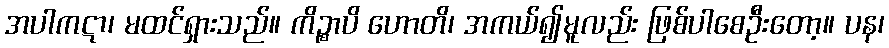
အပါကဋာ၊ မထင်ရှားသည်။ ကိဉ္စာပိ ဟောတိ၊ အကယ်၍မူလည်း ဖြစ်ပါစေဦးတော့။ ပန၊